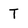
Character: T